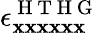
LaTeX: \epsilon_{\mathbf{x}\mathbf{x}\mathbf{x}\mathbf{x}\mathbf{x}\mathbf{x}}^{\mathrm{{~H~T~H~G~}}}